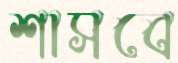
শাসবে